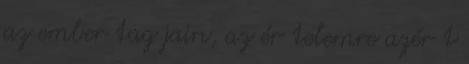
az ember tag jain, az ér telemre azér t